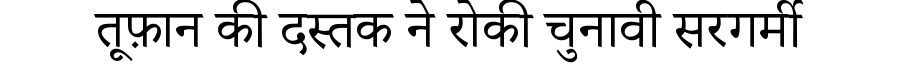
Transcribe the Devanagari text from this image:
तूफ़ान की दस्तक ने रोकी चुनावी सरगर्मी